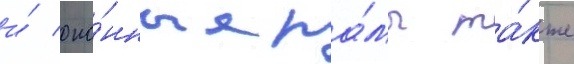
и́ око́нные ра́мы та́кже